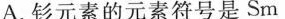
A.钐元素的元素符号是Sm